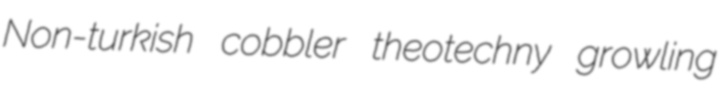
Non-turkish cobbler theotechny growling